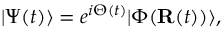
\vert \Psi ( t ) \rangle = e ^ { i \Theta ( t ) } \vert \Phi ( { \mathbf { R } } ( t ) ) \rangle ,